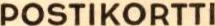
POSTIKORTTI